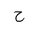
Letter: _ha